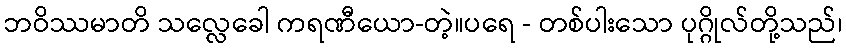
ဘဝိဿမာတိ သလ္လေခေါ ကရဏီယော-တဲ့။ပရေ - တစ်ပါးသော ပုဂ္ဂိုလ်တို့သည်၊